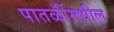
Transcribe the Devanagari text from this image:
पातळींमधील